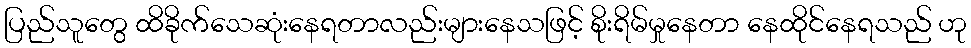
ပြည်သူတွေ ထိခိုက်သေဆုံးနေရတာလည်းများနေသဖြင့် စိုးရိမ်မှုနေတာ နေထိုင်နေရသည် ဟု